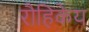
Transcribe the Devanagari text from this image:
रौहिकेय